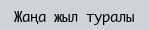
Жаңа жыл туралы